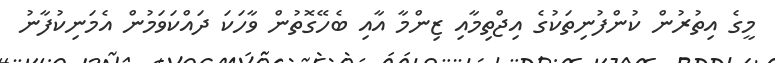
މީގެ އިތުރުން ކުންފުނިތަކުގެ އިޖްތިމާއި ޒިންމާ އާއި ބެހޭގޮތުން ވާހަކަ ދައްކަވަމުން އެމަނިކުފާނު